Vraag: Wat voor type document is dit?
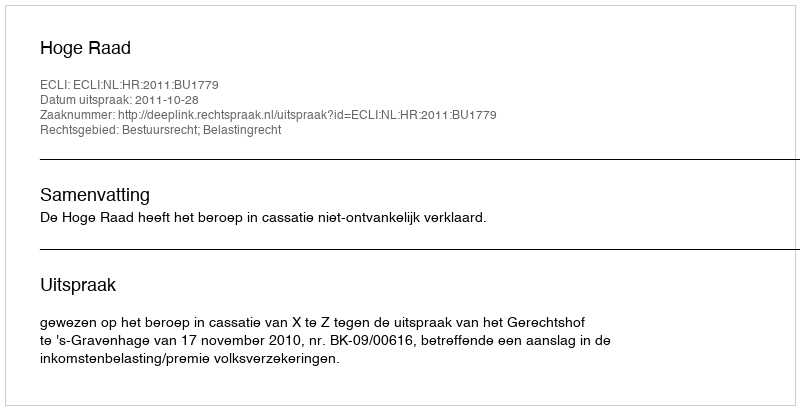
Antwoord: Uitspraak